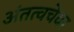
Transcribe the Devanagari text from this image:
अंतत्वचेवर